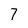
Character: 7